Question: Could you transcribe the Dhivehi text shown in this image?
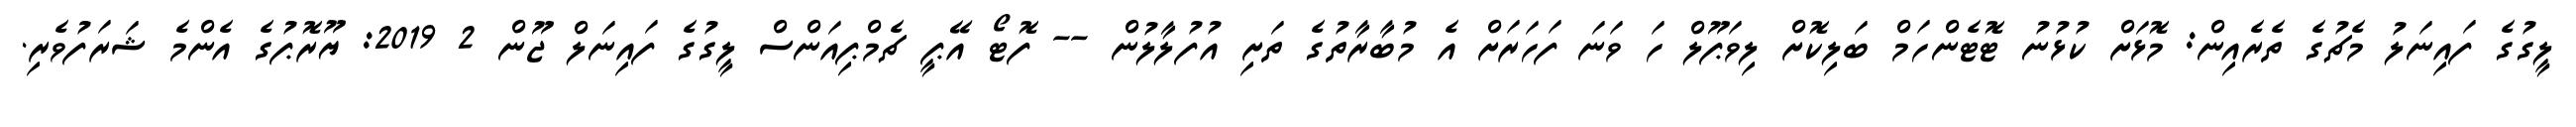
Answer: ލީގުގެ ފައިނަލު މެޗުގެ ތެރެއިން: މޮޅަށް ކުޅުނު ޓޮޓެންހަމް ބަލިކޮށް ލިވަޕޫލް ހަ ވަނަ ފަހަރަށް އެ މުބާރާތުގެ ތަށި އުފުލާލުން -- ފޮޓޯ އޭޕީ ޗެމްޕިއަންސް ލީގުގެ ފައިނަލް ޖޫން 2 2019: ޔޫރޮޕުގެ އެންމެ ޝަރަފުވެރި.